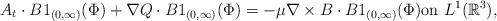
LaTeX: \begin{align*}A_{t}\cdot B1_{(0,\infty)}(\Phi)+\nabla Q\cdot B1_{(0,\infty)}(\Phi)=-\mu \nabla \times B\cdot B1_{(0,\infty)}(\Phi)\textrm{on}\ L^{1}(\mathbb{R}^{3}),\end{align*}